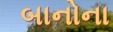
બાનોના